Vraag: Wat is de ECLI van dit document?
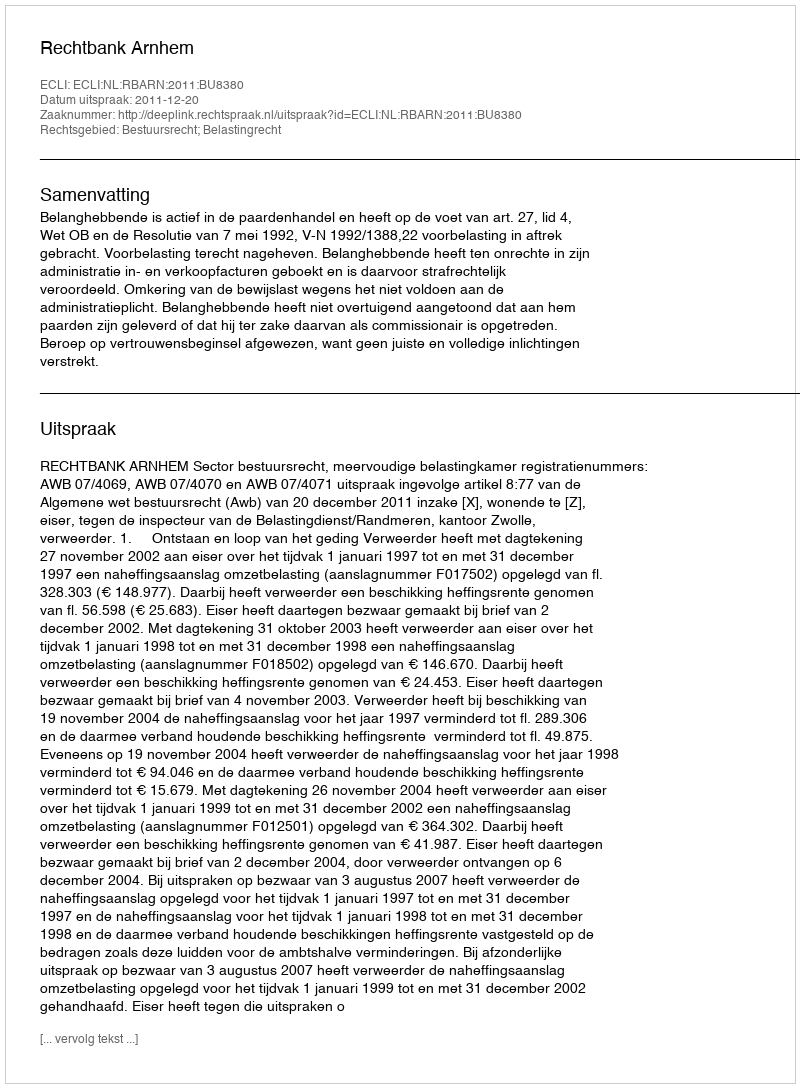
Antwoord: ECLI:NL:RBARN:2011:BU8380